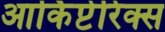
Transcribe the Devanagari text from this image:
आर्किप्टेरिक्स